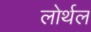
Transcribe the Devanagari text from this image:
लोर्थल